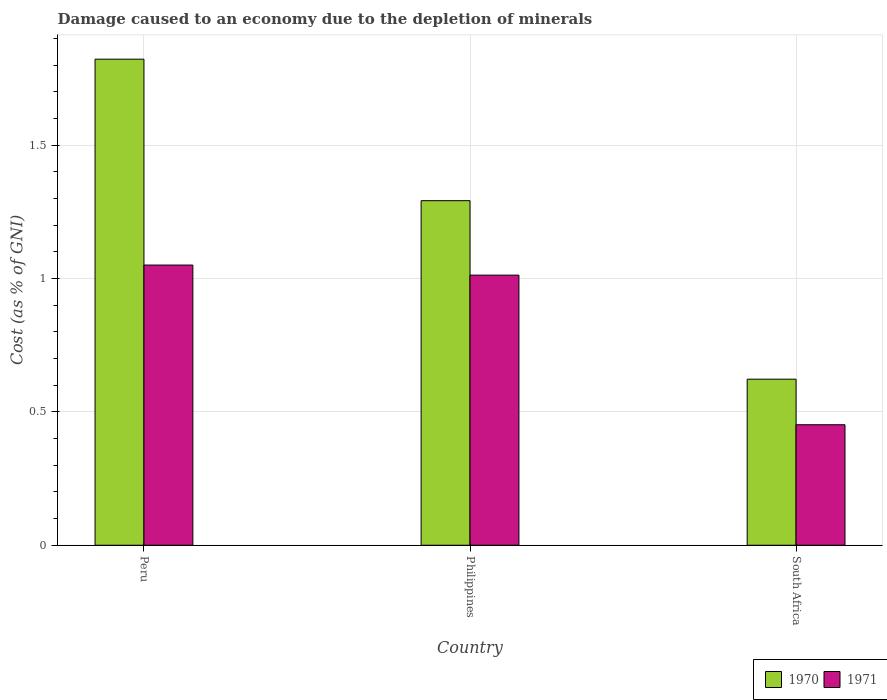
| Country | 1970 | 1971 |
 | --- | --- | --- |
 | Peru | 1.82 | 1.05 |
 | Philippines | 1.29 | 1.01 |
 | South Africa | 0.623 | 0.452 |